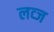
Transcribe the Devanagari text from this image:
लव्ज